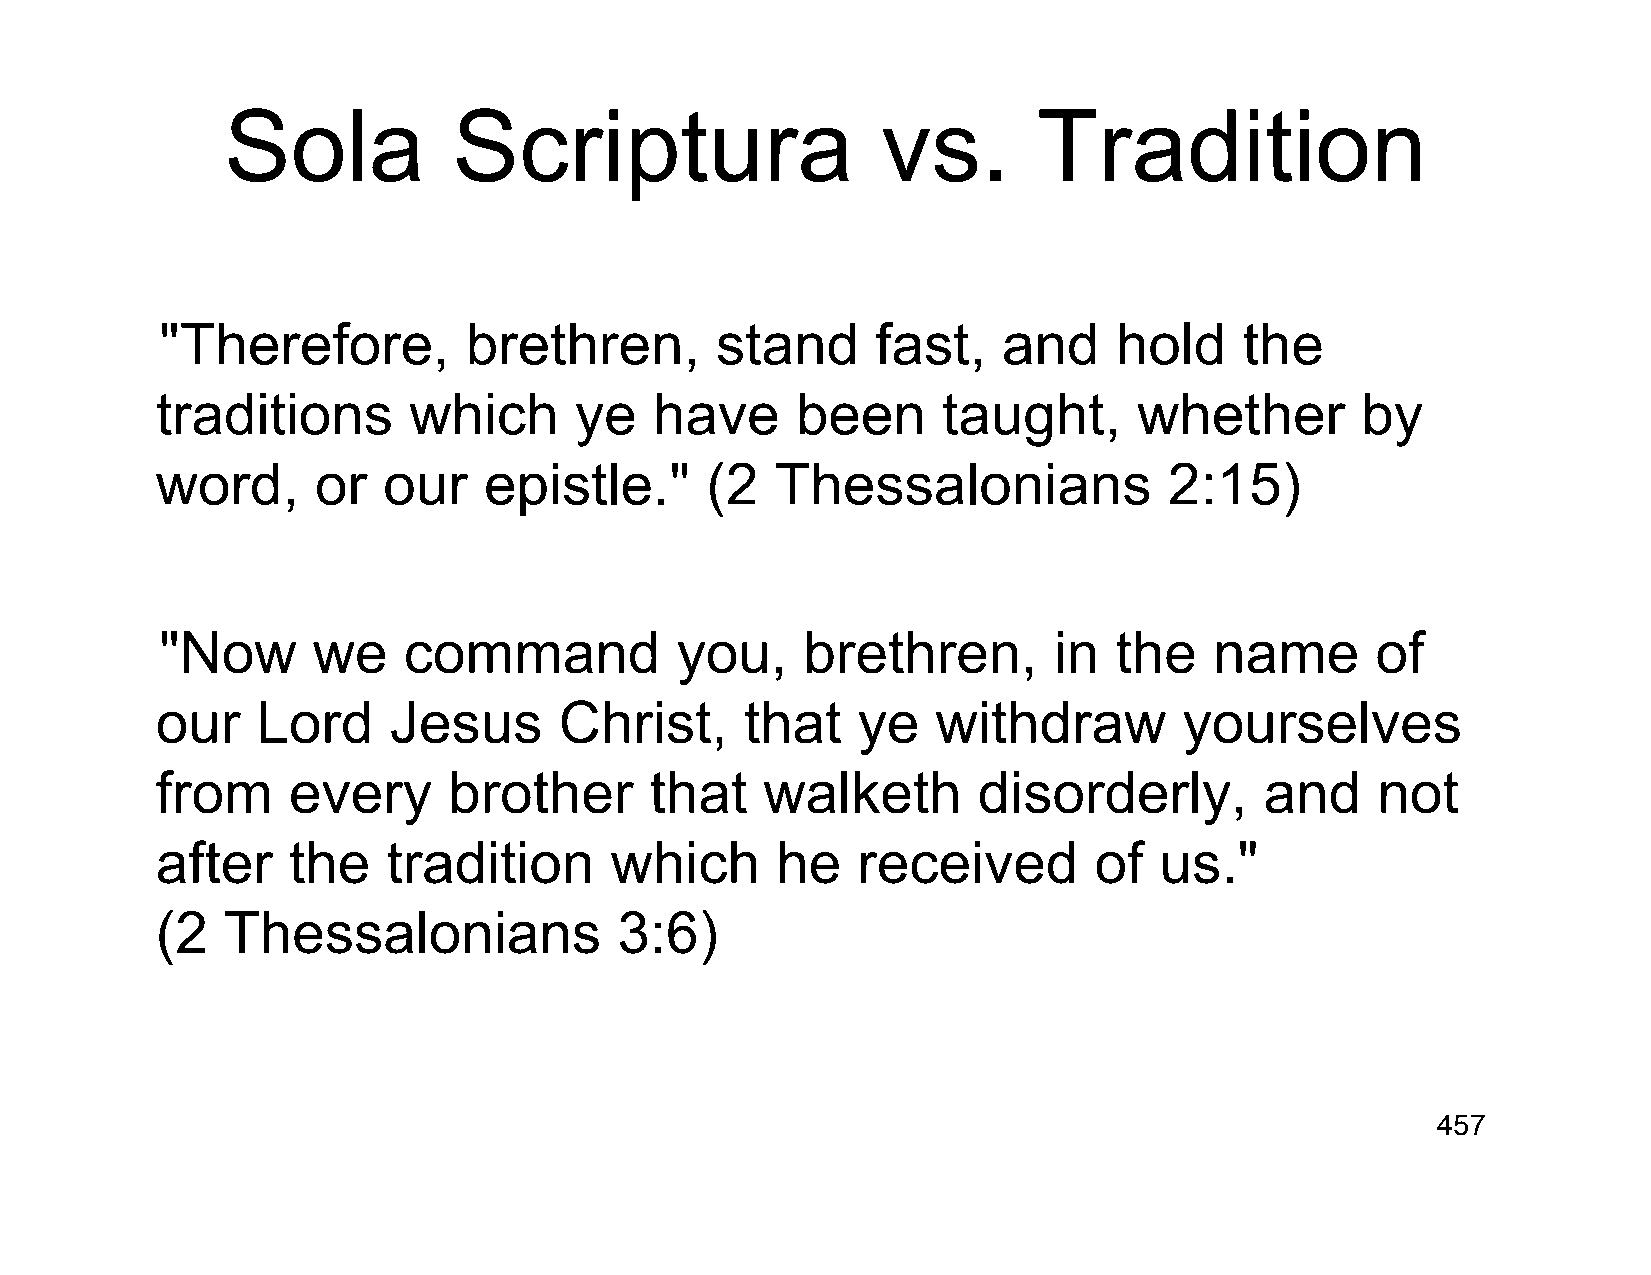
Sola           Scriptura                   vs.        Tradition
 "Therefore,         brethren,       stand      fast,   and     hold    the
 traditions       which      ye   have      been     taught,      whether        by
 word,      or  our    epistle."      (2  Thessalonians             2:15)
 "Now      we    command           you,    brethren,        in  the   name       of
 our    Lord     Jesus      Christ,     that    ye   withdraw        yourselves
 from     every      brother      that    walketh       disorderly,        and    not
 after    the    tradition     which      he    received       of   us."
 (2   Thessalonians             3:6)
 457